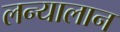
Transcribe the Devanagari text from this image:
लन्यालान